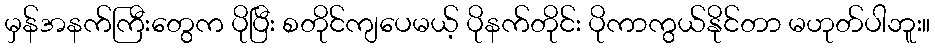
မှန်အနက်ကြီးတွေက ပိုပြီး စတိုင်ကျပေမယ့် ပိုနက်တိုင်း ပိုကာကွယ်နိုင်တာ မဟုတ်ပါဘူး။